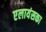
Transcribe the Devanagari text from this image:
एलायंसका